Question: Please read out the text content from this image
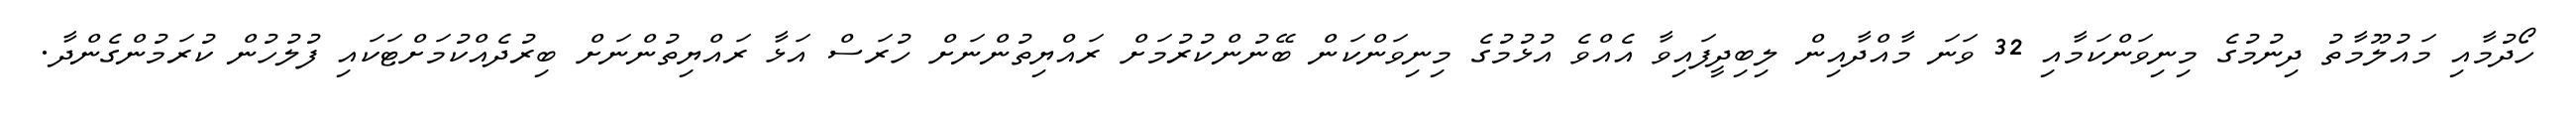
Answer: ހޯދުމާއި މައުލޫމާތު ދިނުމުގެ މިނިވަންކަމާއި 32 ވަނަ މާއްދާއިން ލިބިދީފައިވާ އެއްވެ އުޅުމުގެ މިނިވަންކަން ބޭނުންކުރުމަށް ރައްޔިތުންނަށް ހުރަސް އަޅާ ރައްޔިތުންނަށް ބިރުދެއްކުމަށްޓަކައި ފުލުހުން ކުރަމުންގެންދާ.